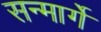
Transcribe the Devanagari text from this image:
सन्मार्गे